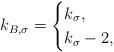
LaTeX: \begin{align*}k_{B,\sigma} = \begin{cases} k_\sigma, & \\k_\sigma-2, & \end{cases}\end{align*}